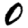
Digit: 0